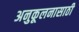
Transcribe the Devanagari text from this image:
अनुकूलनासाठी